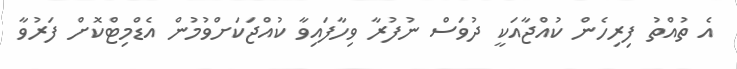
އެ ތުއްތު ފިރިހެން ކުއްޖާއަކީ ދުވަސް ނުފުރާ ވިހާފައިވާ ކުއްޖަކަށްވުމުން އެޑްމިޓްކޮށް ފަރުވާ